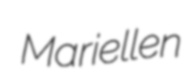
Mariellen